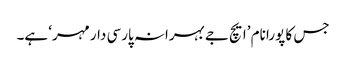
جس کا پورا نام ’ایچ جے بہرانہ پارسی دار مہر‘ ہے۔